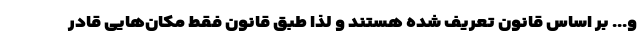
و... بر اساس قانون تعریف شده هستند و لذا طبق قانون فقط مکان‌هایی قادر